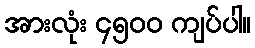
အားလုံး ၄၅၀၀ ကျပ်ပါ။